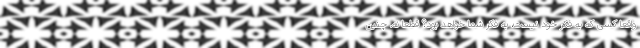
واقعا کسی که به فکر خود نیست، به فکر شما خواهد بود؟ قطعا نه. چنین